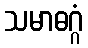
သမာဓဂ္ဂံ